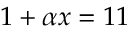
1 + \alpha x = 1 1